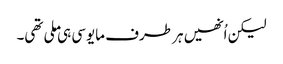
لیکن اُنھیں ہر طرف مایوسی ہی ملی تھی۔